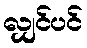
လျှင်ပင်